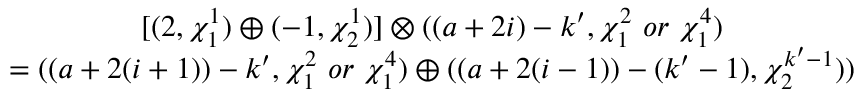
\begin{array} { c } { { [ ( 2 , \chi _ { 1 } ^ { 1 } ) \oplus ( - 1 , \chi _ { 2 } ^ { 1 } ) ] \otimes ( ( a + 2 i ) - k ^ { \prime } , \chi _ { 1 } ^ { 2 } ~ o r ~ \chi _ { 1 } ^ { 4 } ) } } \\ { { = ( ( a + 2 ( i + 1 ) ) - k ^ { \prime } , \chi _ { 1 } ^ { 2 } ~ o r ~ \chi _ { 1 } ^ { 4 } ) \oplus ( ( a + 2 ( i - 1 ) ) - ( k ^ { \prime } - 1 ) , \chi _ { 2 } ^ { k ^ { \prime } - 1 } ) ) } } \end{array}